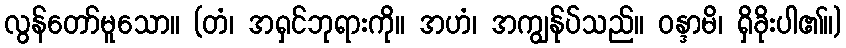
လွန်တော်မူသော။ (တံ၊ အရှင်ဘုရားကို။ အဟံ၊ အကျွန်ုပ်သည်။ ဝန္ဒာမိ၊ ရှိခိုးပါ၏။)